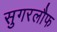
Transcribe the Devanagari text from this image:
सुगरलौफ